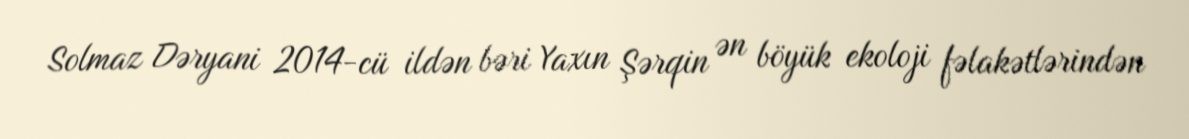
Solmaz Dəryani 2014-cü ildən bəri Yaxın Şərqin ən böyük ekoloji fəlakətlərindən